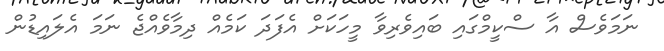
ނަމަވެސް އާ ސްކީމްގައި ބައިވެރިވާ މީހަކަށް އެފަދަ ކަމެއް ދިމާވެއްޖެ ނަމަ އެލައިޑުން